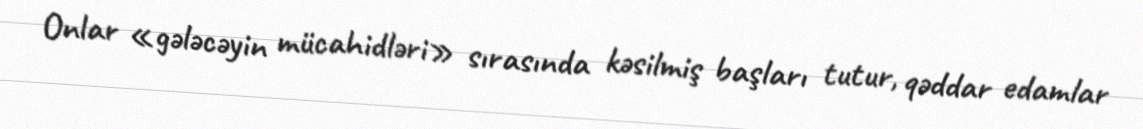
Onlar «gələcəyin mücahidləri» sırasında kəsilmiş başları tutur, qəddar edamlar